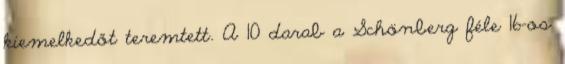
kiemelkedőt teremtett. A 10 darab a Schönberg féle 16-os